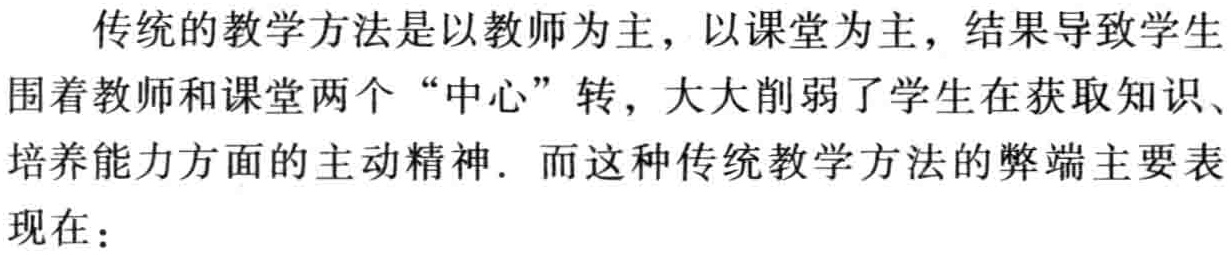
传统的教学方法是以教师为主，以课堂为主，结果导致学生围着教师和课堂两个“中心”转，大大削弱了学生在获取知识、培养能力方面的主动精神. 而这种传统教学方法的弊端主要表现在：